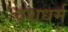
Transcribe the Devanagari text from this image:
दशधर्म